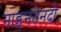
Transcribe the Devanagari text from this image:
नाइनतेनदो